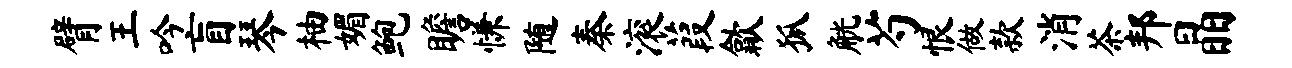
臂王吟盲琴柚媚鲍瞻慊随秦滚葭歙狐觥芍恨做款消茶邦晶